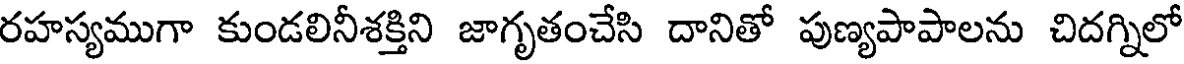
రహస్యముగా కుండలినీశక్తిని జాగృతంచేసి దానితో పుణ్యపాపాలను చిదగ్నిలో